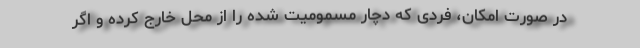
در صورت امکان، فردی که دچار مسمومیت شده را از محل خارج کرده و اگر